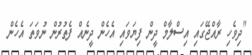
"ދިވެހި ރާއްޖޭގައި އިސްލާމް ދީން ފިޔަވައި އެހެން ދީނެއް ފެތުރުން ނުވަތަ އެހެން